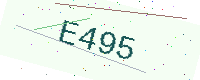
Text: E495